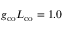
g _ { \mathrm { c o } } L _ { \mathrm { c o } } = 1 . 0